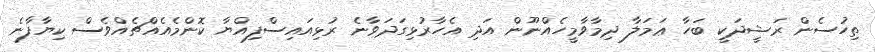
ތިހުސެން ރަޝީދަކީ ބަހާ ޢަމަލާ ދިމާވާމީހެއްނޫން އަދި އެހާރުޅިގަދަވާނެ ރުޅިއައިސްފިއްޔާ ކޮންމެއެއްޗެއްވެސް ކިޔާފާނެ